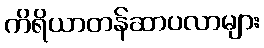
ကိရိယာတန်ဆာပလာများ